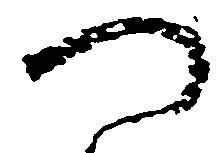
つ